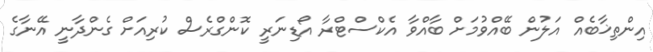
އިންތިޚާބެއް އަލުން ބޭއްވުމަށް ބާއްވާ އެކްސްޓްރާ އޯޑިނަރީ ކޮންގްރެސް ކުރިއަށް ގެންދާނީ އޭނާގެ